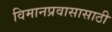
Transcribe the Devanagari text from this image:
विमानप्रवासासाठी